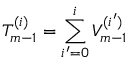
T _ { m - 1 } ^ { ( i ) } = \sum _ { i ^ { \prime } = 0 } ^ { i } V _ { m - 1 } ^ { ( i ^ { \prime } ) }